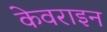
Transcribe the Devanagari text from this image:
केवराइन